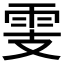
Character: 𩂏